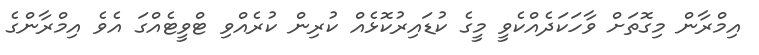
އިމްރާން މިގޮތަށް ވާހަކަދެއްކެވީ މީގެ ކުޑައިރުކޮޅެއް ކުރިން ކުރެއްވި ޓްވީޓެއްގަ އެވެ އިމްރާންގެ